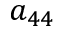
\hphantom { x x } a _ { 4 4 }